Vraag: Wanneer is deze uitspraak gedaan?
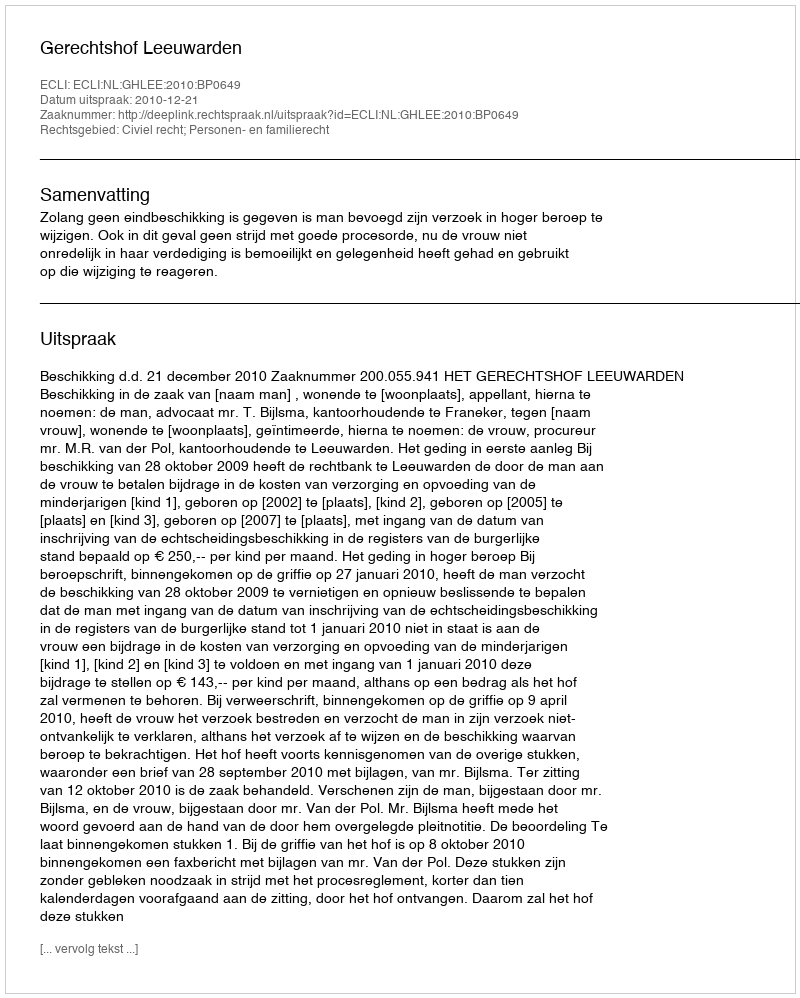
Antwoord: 2010-12-21